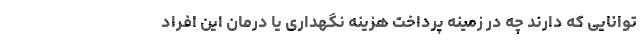
توانایی که دارند چه در زمینه پرداخت هزینه نگهداری یا درمان این افراد